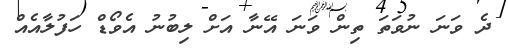
ދެ ވަނަ ނުވަތަ ތިން ވަނަ އޭނާ އަށް ލިބުނު އެވޯޑް ހަފުލާއެއް